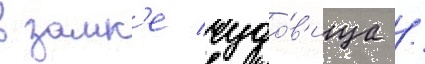
в замк'е чудо́в'ища /